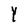
Character: Y